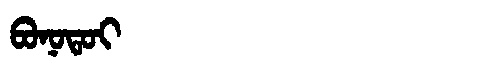
Manchu: ᠪᠣᠨᠣᡨᠣᡳ
Romanization: BONOTOI